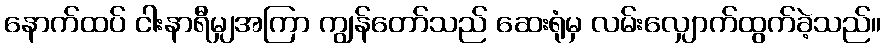
နောက်ထပ် ငါးနာရီမျှအကြာ ကျွန်တော်သည် ဆေးရုံမှ လမ်းလျှောက်ထွက်ခဲ့သည်။